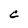
Character: C